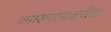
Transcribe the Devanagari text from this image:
व्याख्यानाकरीता